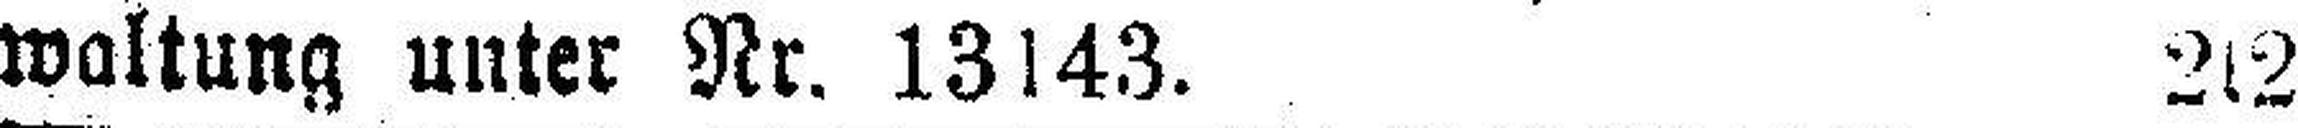
waltung unter Nr. 13143. 2s2